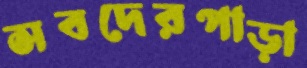
সবদেরপাড়া